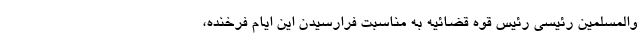
والمسلمین رئیسی رئیس قوه قضائیه به مناسبت فرارسیدن این ایام فرخنده،